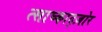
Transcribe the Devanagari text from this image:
त्साघ्काद्ज़ोर